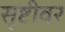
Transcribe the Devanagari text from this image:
सृष्टीवर